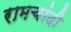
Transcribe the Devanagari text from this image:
रामचांदी